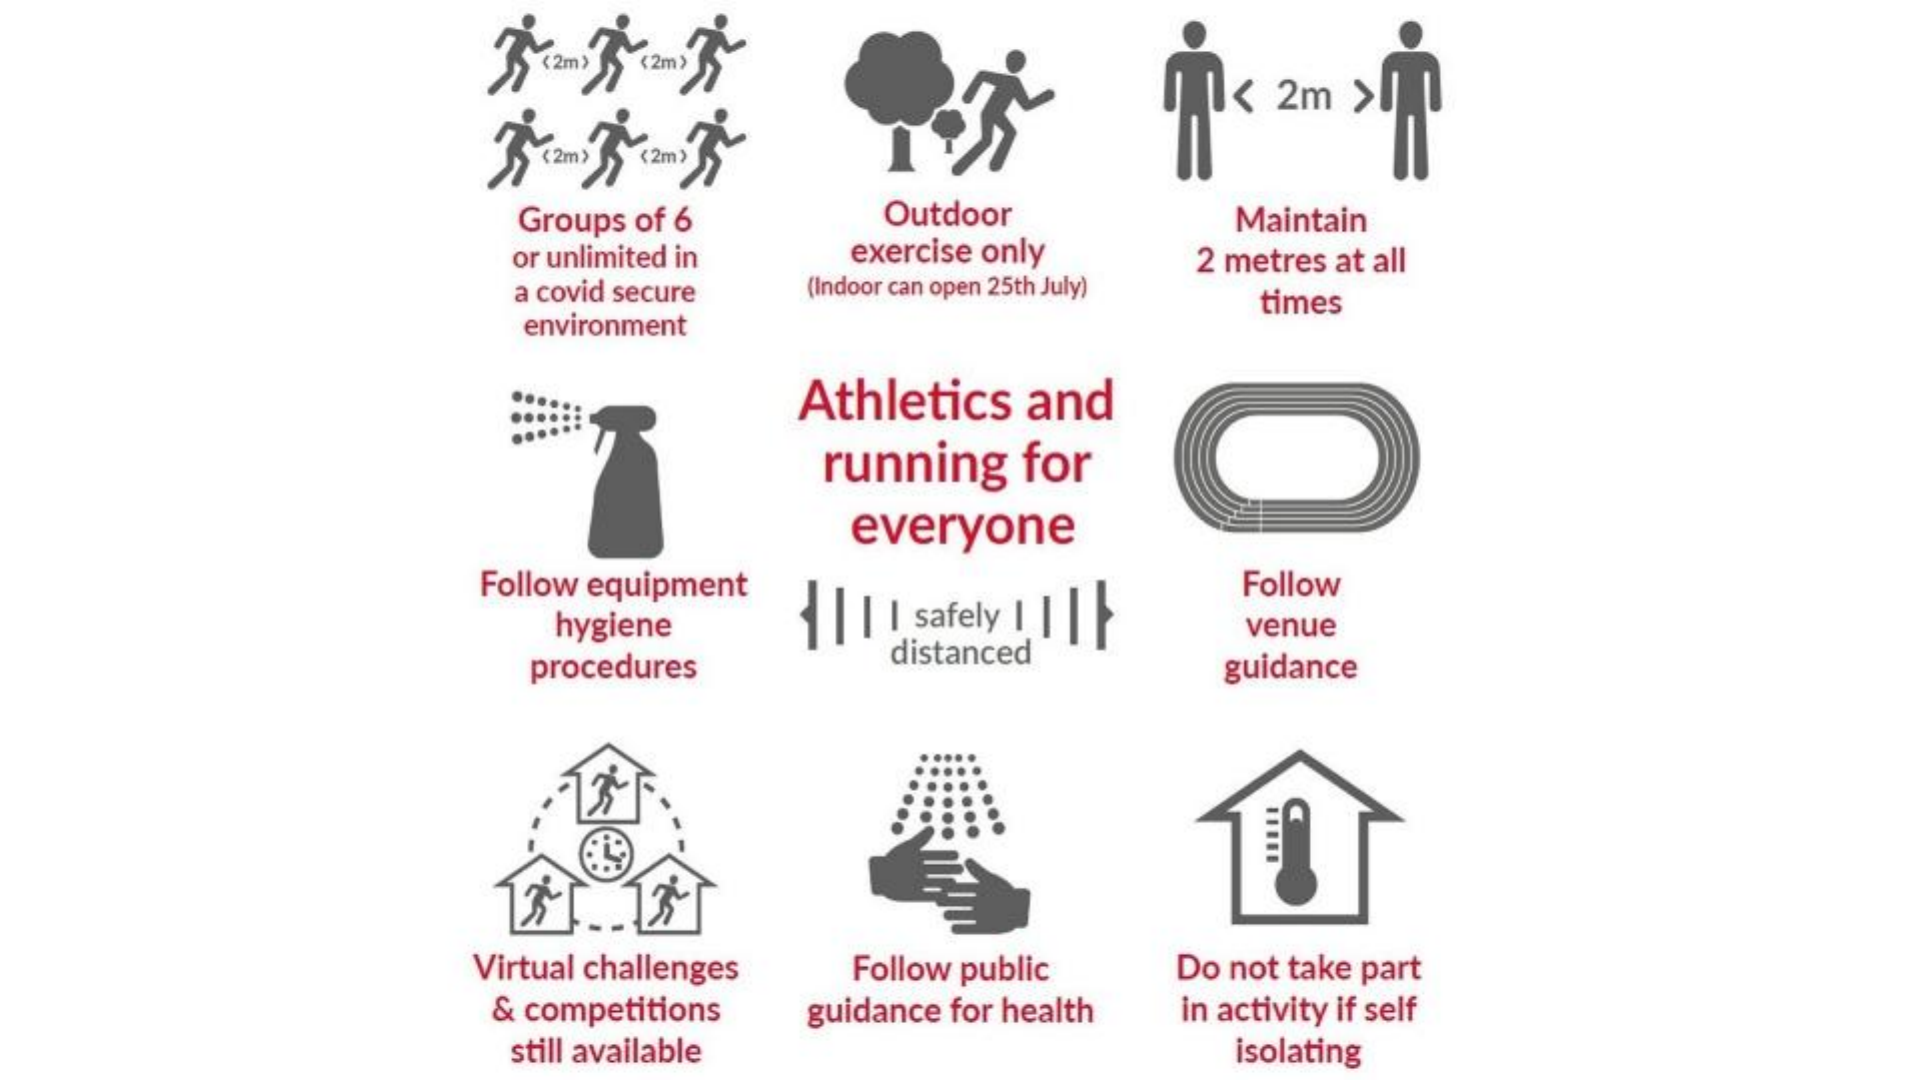
7  2m )" (2m )
     J  < 2m  >J
     <2m)
     Groups of 6    Outdoor    Maintain
     or unlimited in  exercise only
     (Indoor can open 25th July)
     2 metres at all
     a covid secure
     environment
     times
     Athletics  and
     running   for
     everyone
     Follow equipment    Follow
     hygiene    | | safely 1 | |
     distanced
     venue
     procedures    guidance
     Virtual challenges Follow public  Do not take part
     & competitions guidance for health in activity if self
     still available    isolating